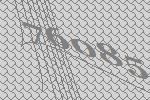
76085